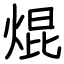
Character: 焜